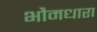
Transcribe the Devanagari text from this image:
भौमधारा